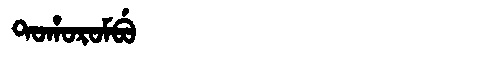
Manchu: ᡨᠣᡥᠣᡵᠣᠮᠪᡠ
Romanization: TOHOROMBU